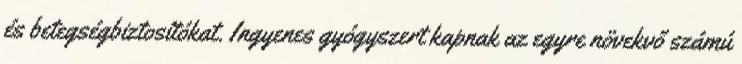
és betegségbiztosítókat. Ingyenes gyógyszert kapnak az egyre növekvő számú